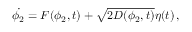
\dot { \phi _ { 2 } } = F ( \phi _ { 2 } , t ) + \sqrt { 2 D ( \phi _ { 2 } , t ) } \eta ( t ) \, ,